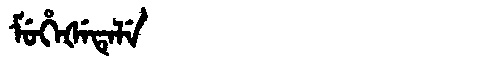
Manchu: ᠮᡠᡥᡝᡧᡝᡨᡝᠯᡝ
Romanization: MUHEŠETELE